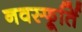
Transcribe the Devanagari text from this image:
नवस्फूर्ति